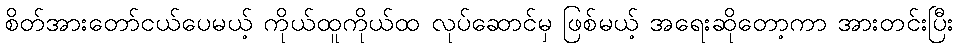
စိတ်အားတော်ငယ်ပေမယ့် ကိုယ်ထူကိုယ်ထ လုပ်ဆောင်မှ ဖြစ်မယ့် အရေးဆိုတော့ကာ အားတင်းပြီး